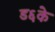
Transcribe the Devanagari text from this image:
ड६के